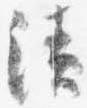
漬